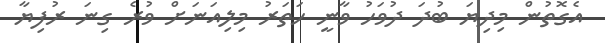
އެގޮތުން މިދިޔަ ބުދަ ދުވަހު ވާނީ ހަތަރު މިލިއަނަށް ވުރެ ގިނަ ރުފިޔާ